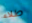
طلاء